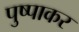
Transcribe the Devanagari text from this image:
पुष्पाकर